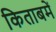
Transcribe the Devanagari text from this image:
किताबमें